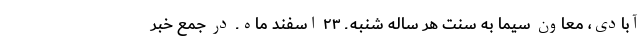
آبادی، معاون سیما به سنت هر ساله شنبه ـ ۲۳ اسفند ماه ـ در جمع خبر